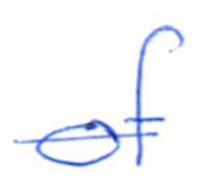
Text: of
Cross-out: single-line
Writing tool: ballpoint